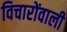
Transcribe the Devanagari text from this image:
विचारोंवाली